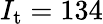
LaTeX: I_{\mathrm{t}}=134